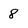
Character: 8